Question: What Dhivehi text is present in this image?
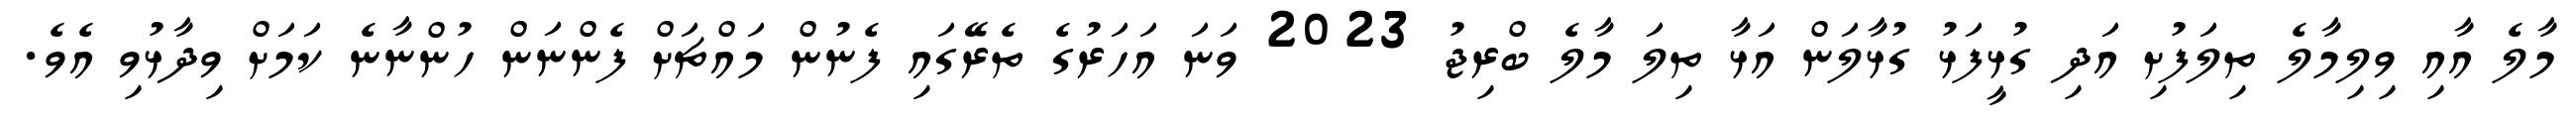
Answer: މާލެ އާއި ވިލިމާލެ ތިލަފުށި އަދި ގުޅީފަޅު ގުޅާލަން އަޅާ ތިލަ މާލެ ބްރިޖު 2023 ވަނަ އަހަރުގެ ތެރޭގައި ފެނުން މައްޗަށް ފެންނަން ހުންނާނެ ކަމަށް ވިދާޅުވި އެވެ.